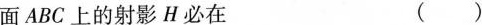
面 A B C 上的射影H必在 ()